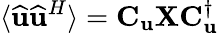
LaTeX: \langle\widehat{\mathbf{u}}\widehat{\mathbf{u}}^{H}\rangle=\mathbf{C}_{\mathbf{u}}\mathbf{X}\mathbf{C}_{\mathbf{u}}^{\dagger}